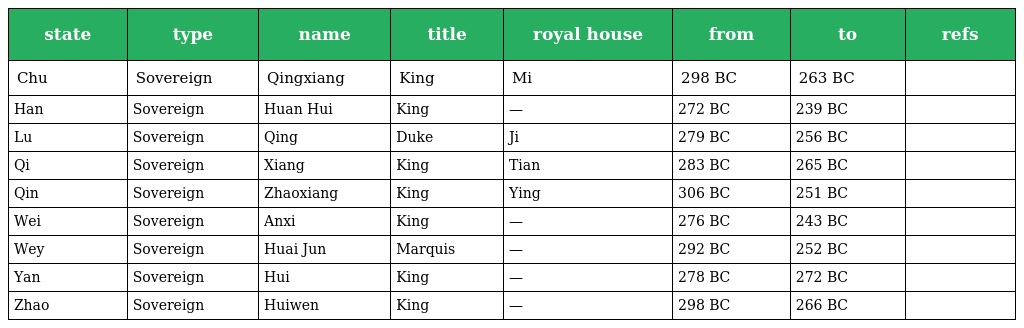
| state | type | name | title | royal house | from | to | refs |
 | --- | --- | --- | --- | --- | --- | --- | --- |
 | Chu | Sovereign | Qingxiang | King | Mi | 298 BC | 263 BC |  |
 | Han | Sovereign | Huan Hui | King | — | 272 BC | 239 BC |  |
 | Lu | Sovereign | Qing | Duke | Ji | 279 BC | 256 BC |  |
 | Qi | Sovereign | Xiang | King | Tian | 283 BC | 265 BC |  |
 | Qin | Sovereign | Zhaoxiang | King | Ying | 306 BC | 251 BC |  |
 | Wei | Sovereign | Anxi | King | — | 276 BC | 243 BC |  |
 | Wey | Sovereign | Huai Jun | Marquis | — | 292 BC | 252 BC |  |
 | Yan | Sovereign | Hui | King | — | 278 BC | 272 BC |  |
 | Zhao | Sovereign | Huiwen | King | — | 298 BC | 266 BC |  |